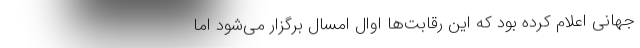
جهانی اعلام کرده بود که این رقابت‌ها اوال امسال برگزار می‌شود اما